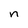
Character: n